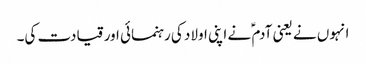
انہوں نے یعنی آدم ؑ نے اپنی اولاد کی رہنمائی اور قیادت کی۔